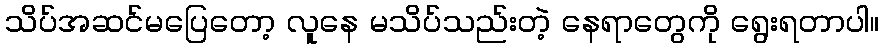
သိပ်အဆင်မပြေတော့ လူနေ မသိပ်သည်းတဲ့ နေရာတွေကို ရွေးရတာပါ။